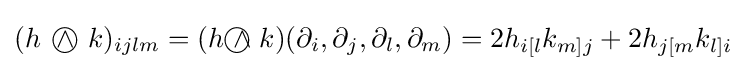
(h~\wedge \!\!\!\!\!\!\!\!\;\bigcirc ~k)_{ijlm}=(h{~\wedge \!\!\!\!\!\!\!\!\;\bigcirc ~}k)(\partial _{i},\partial _{j},\partial _{l},\partial _{m})=2h_{i[l}k_{m]j}+2h_{j[m}k_{l]i}